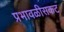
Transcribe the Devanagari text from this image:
प्रभावळीसकट